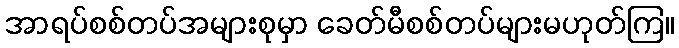
အာရပ်စစ်တပ်အများစုမှာ ခေတ်မီစစ်တပ်များမဟုတ်ကြ။